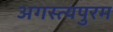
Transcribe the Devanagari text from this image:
अगस्त्यपुरम